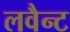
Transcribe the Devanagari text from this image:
लवैन्ट